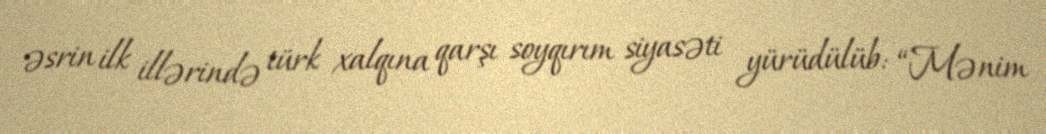
əsrin ilk illərində türk xalqına qarşı soyqırım siyasəti yürüdülüb: “Mənim